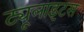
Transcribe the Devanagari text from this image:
ट्यूलाइटस